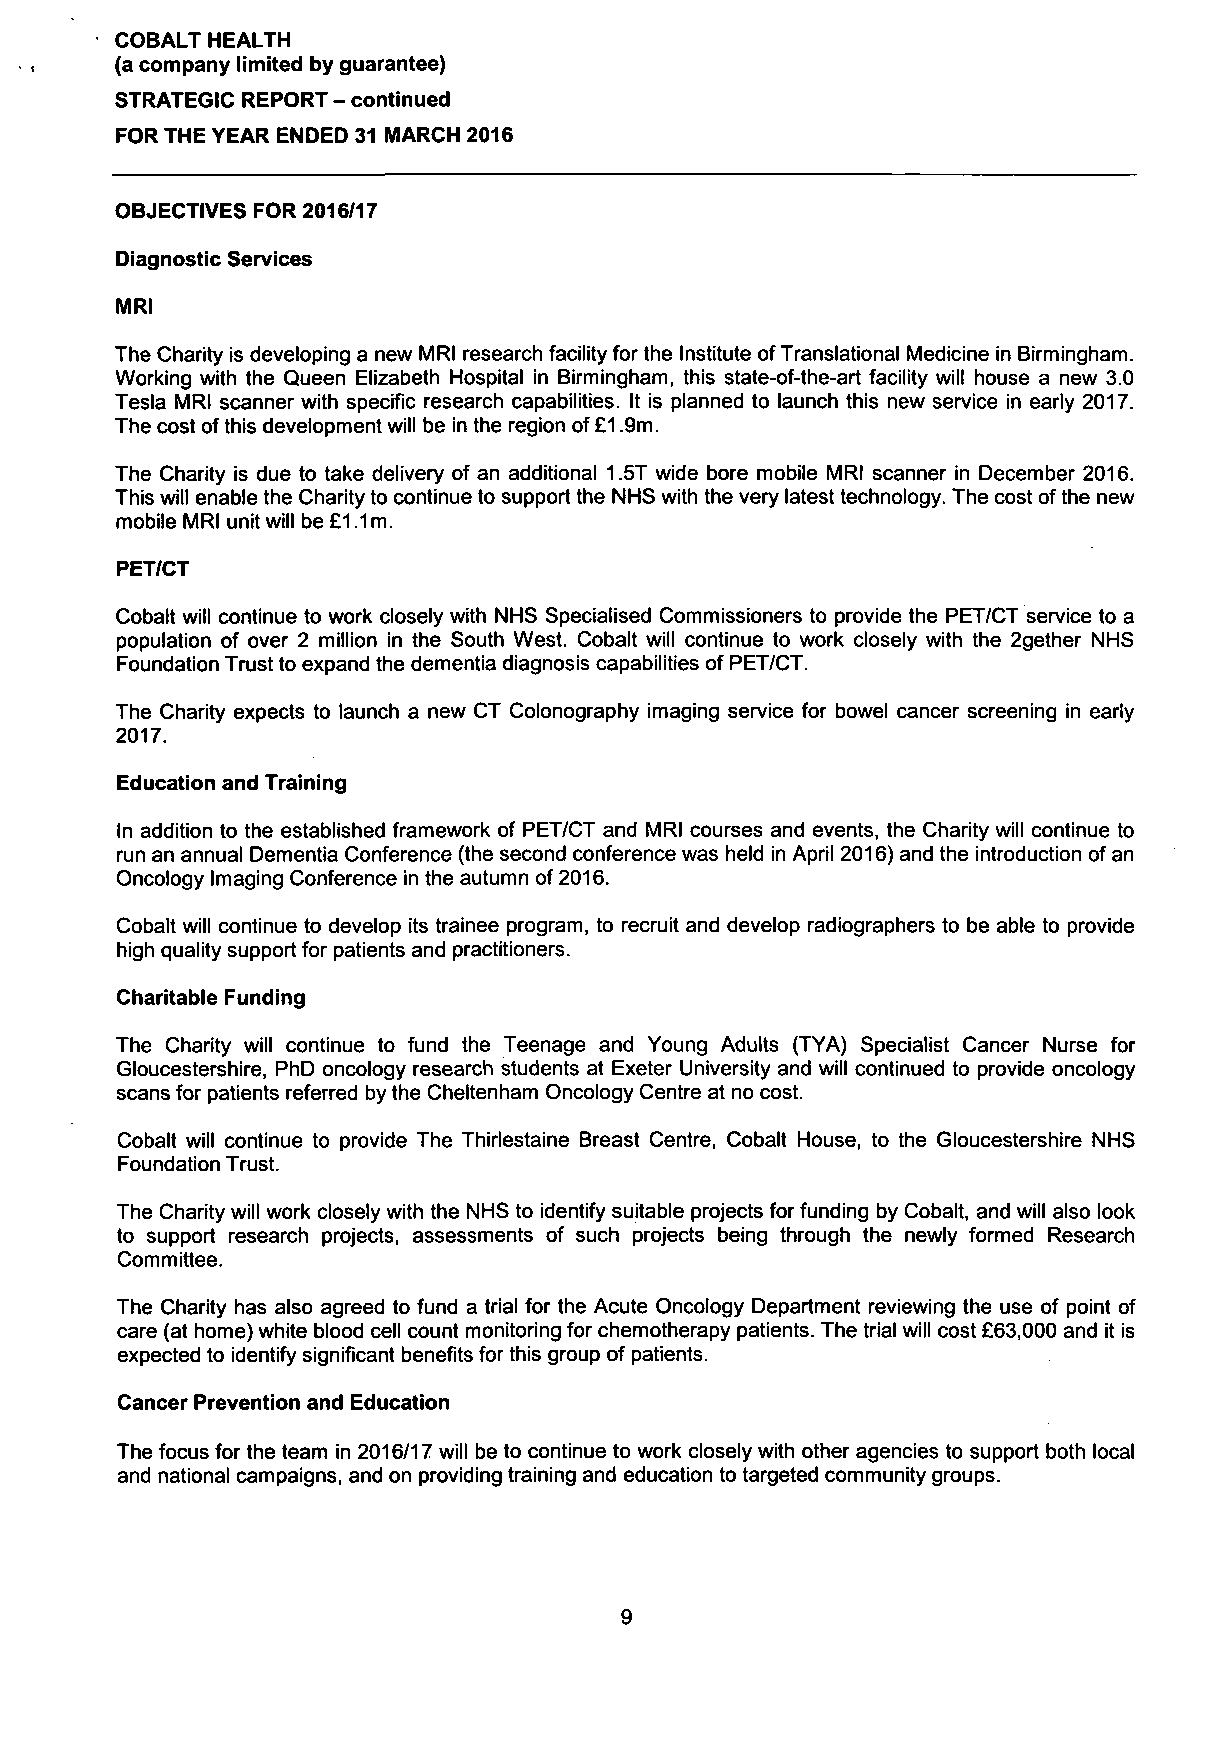
COBALT HEALTH
 (a company limited by guarantee)
 STRATEGIC REPORT - continued
 FOR THE YEAR ENDED 31 MARCH 2016
 OBJECTIVES FOR 2016/17
 Diagnostic Services
 MRI
 The Charity is developing a new MRI research facility for the Institute of Translational Medicine in Birmingham.
 Working with the Queen Elizabeth Hospital in Birmingham, this state-of-the-art facility will house a new 3.0
 Tesla MRI scanner with specific research capabilities. It is planned to launch this new service in early 2017.
 The cost of this development will be in the region of £1.9m.
 The Charity is due to take delivery of an additional 1.5T wide bore mobile MRI scanner in December 2016.
 This will enable the Charity to continue to support the NHS with the very latest technology. The cost of the new
 mobile MRI unit will be £1.1 m.
 PET/CT
 Cobalt will continue to work closely with NHS Specialised Commissioners to provide the PET/CT service to a
 population of over 2 million in the South West. Cobalt will continue to work closely with the 2gether NHS
 Foundation Trust to expand the dementia diagnosis capabilities of PET/CT.
 The Charity expects to launch a new CT Colonography imaging service for bowel cancer screening in early
 2017.
 Education and Training
 In addition to the established framework of PET/CT and MRI courses and events, the Charity will continue to
 run an annual Dementia Conference (the second conference was held in April 2016) and the introduction of an
 Oncology Imaging Conference in the autumn of 2016.
 Cobalt will continue to develop its trainee program, to recruit and develop radiographers to be able to provide
 high quality support for patients and practitioners.
 Charitable Funding
 The Charity will continue to fund the Teenage and Young Adults (TYA) Specialist Cancer Nurse for
 Gloucestershire, PhD oncology research students at Exeter University and will continued to provide oncology
 scans for patients referred by the Cheltenham Oncology Centre at no cost.
 Cobalt will continue to provide The Thirlestaine Breast Centre, Cobalt House, to the Gloucestershire NHS
 Foundation Trust.
 The Charity will work closely with the NHS to identify suitable projects for funding by Cobalt, and will also look
 to support research projects, assessments of such projects being through the newly formed Research
 Committee.
 The Charity has also agreed to fund a trial for the Acute Oncology Department reviewing the use of point of
 care (at home) white blood cell count monitoring for chemotherapy patients. The trial will cost £63,000 and it is
 expected to identify significant benefits for this group of patients.
 Cancer Prevention and Education
 The focus for the team in 2016/17 will be to continue to work closely with other agencies to support both local
 and national campaigns, and on providing training and education to targeted community groups.
 9